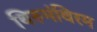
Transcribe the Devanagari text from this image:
थिरुमंथिरम